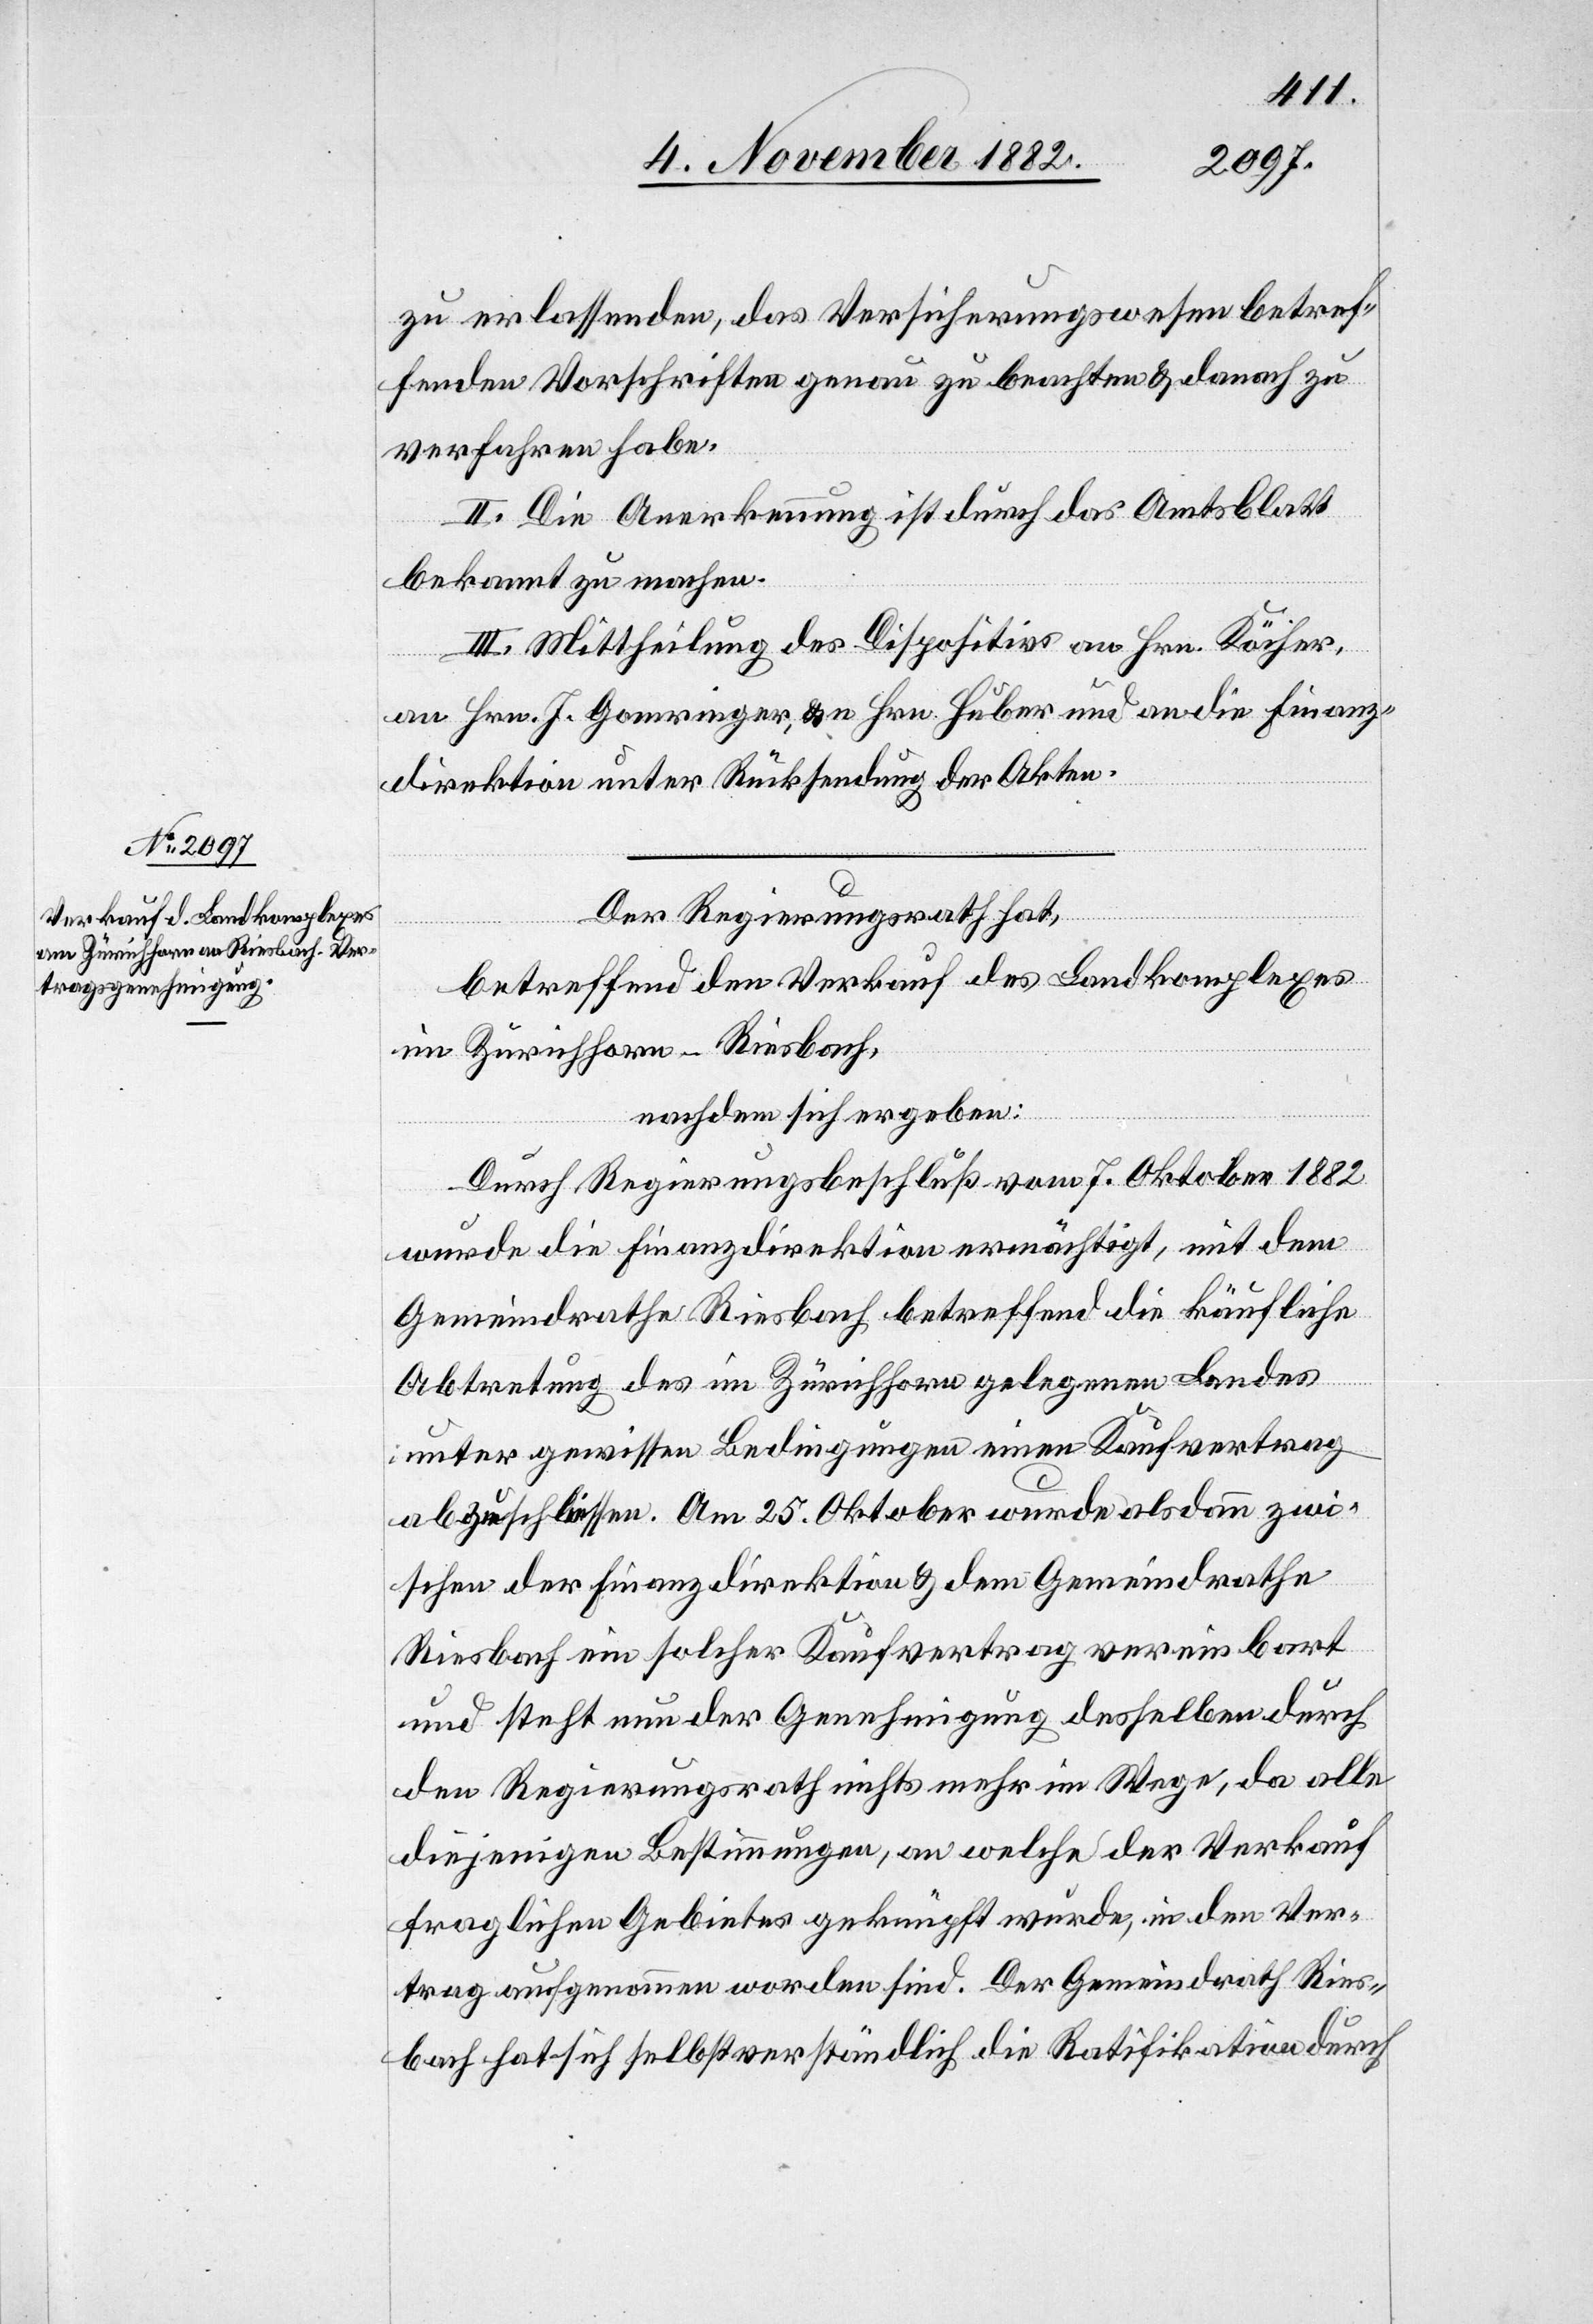
zu erlassenden, das Versicherungswesen betref¬
fenden Vorschriften genau zu beachten & danach zu
verfahren habe.
II. Die Anerkennung ist durch das Amtsblatt
bekannt zu machen.
III. Mittheilung des Dispositiv an Hrn. Köcher,
an Hrn. J. Gomringer, an Hrn. Huber und an die Finanz¬
direktion unter Rückstellung der Akten.
Der Regierungsrath hat,
betreffend den Verkauf des Landkomplexes
im Zürichhorn - Riesbach,
nachdem sicher ergeben:
Durch Regierungsbeschluß vom 7. Oktober 1882
wurde die Finanzdirektion ermächtigt, mit dem
Gemeindrathe Riesbach betreffend die käufliche
Abtretung des im Zürichhorn gelegenen Landes
unter gewissen Bedingungen einen Kaufvertrag
abzuschliessen. Am 25. Oktober wurde alsdann zwi¬
schen der Finanzdirektion & dem Gemeindrathe
Riesbach ein solcher Kaufvertrag vereinbart
und steht nun der Genehmigung desselben durch
den Regierungsrath nichts mehr im Wege, da alle
diejenigen Bestimmungen, an welche der Verkauf
fraglichen Gebietes geknüpft wurde, in den Ver¬
trag aufgenommen worden sind. Der Gemeindrath Ries¬
bach hat sich selbstverständlich die Ratifikation durch